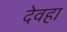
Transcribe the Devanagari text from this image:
देवहा